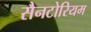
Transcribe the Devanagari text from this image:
सैनटोरियम